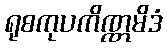
ရုစကုပကိဏ္ဏမိဒံ